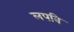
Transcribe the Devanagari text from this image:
लपवि